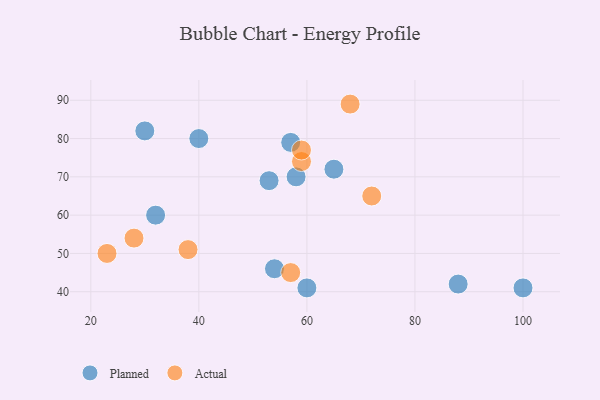
{"axis": {"x": "GDP", "y": "Life Expectancy"}, "legend": ["Actual", "Planned"], "data": [{"x": "40", "y": 80, "type": "Planned"}, {"x": "58", "y": 70, "type": "Planned"}, {"x": "65", "y": 72, "type": "Planned"}, {"x": "60", "y": 41, "type": "Planned"}, {"x": "30", "y": 82, "type": "Planned"}, {"x": "54", "y": 46, "type": "Planned"}, {"x": "88", "y": 42, "type": "Planned"}, {"x": "100", "y": 41, "type": "Planned"}, {"x": "57", "y": 79, "type": "Planned"}, {"x": "32", "y": 60, "type": "Planned"}, {"x": "53", "y": 69, "type": "Planned"}, {"x": "57", "y": 45, "type": "Actual"}, {"x": "68", "y": 89, "type": "Actual"}, {"x": "72", "y": 65, "type": "Actual"}, {"x": "23", "y": 50, "type": "Actual"}, {"x": "38", "y": 51, "type": "Actual"}, {"x": "59", "y": 74, "type": "Actual"}, {"x": "28", "y": 54, "type": "Actual"}, {"x": "59", "y": 77, "type": "Actual"}]}